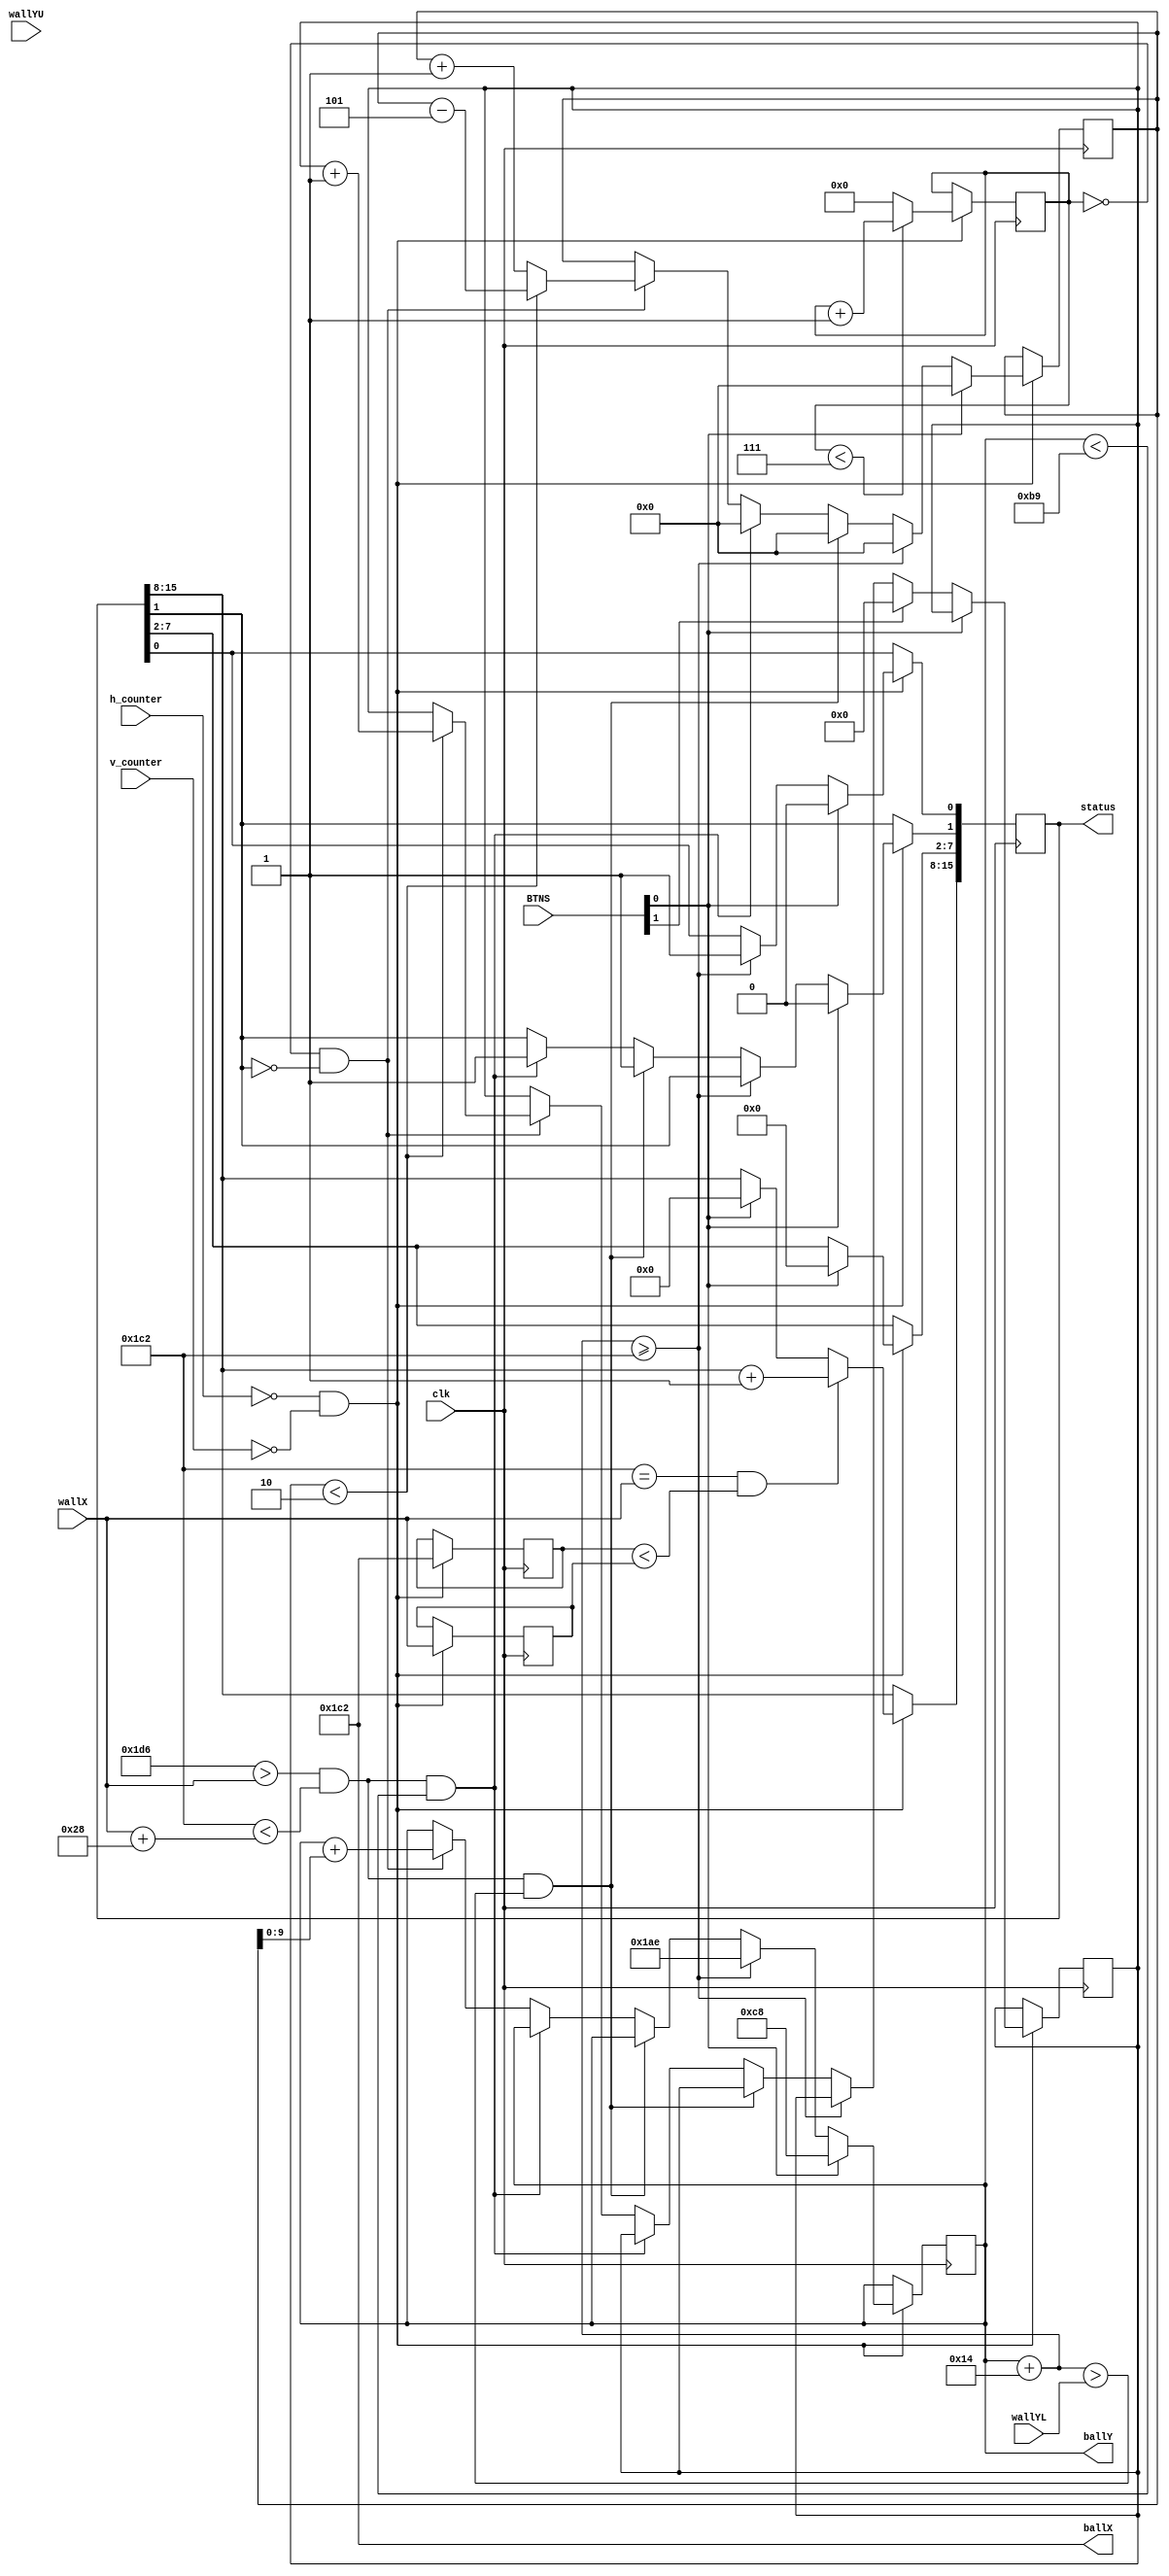
`timescale 1ns / 1ps
//////////////////////////////////////////////////////////////////////////////////
// Company: 
// Engineer: 
// 
// Design Name: 
// Module Name: Ball_bouncer
// Project Name: 
// Target Devices: 
// Tool Versions: 
// Description: 
// 
// Dependencies: 
// 
// Revision:
// Revision 0.01 - File Created
// Additional Comments:
// STATUS: 
//      [0]: ground collision
//      [1]: wall collision
// 
//////////////////////////////////////////////////////////////////////////////////


// Module for controlling the movement of the ball
module Ball_mover(
    input clk,                  // Clock input
    input [4:0] BTNS,           // Button inputs
    input [9:0] h_counter,      // Horizontal counter
    input [9:0] v_counter,      // Vertical counter
    input [9:0] wallX,          // Wall horizontal position
    input [9:0] wallYL,         // Wall lower bound
    input [9:0] wallYU,         // Wall upper bound
    output reg [9:0] ballX = 450,  // Initial X position of the ball
    output reg [9:0] ballY = 400,  // Initial Y position of the ball
    output reg [15:0] status
);
    // Speed at which the player falls
    reg [15:0] verticalSpeed = 0;
    reg [9:0] oldBallX;
    reg [9:0] oldWallX;
    
    // Timer settings
    reg [3:0] timeMult = 7;
    reg [31:0] currentTime = 0;
    
    // Jump settings
    reg [3:0] jumpHeight = 5;
    reg [3:0] gravity = 1;
    
    // How long the player increases height
    reg [3:0] jumpTimer = 0;
    reg [3:0] jumpLength = 2;
    
    reg [9:0] groundHeight = 450;
    
    
    // Logic for moving the ball
    always @(posedge clk) begin
        if (h_counter == 0 && v_counter == 0) begin
            // Ball moving
            if (BTNS[0] == 0) begin
            
                // Ground collision
                if (ballY + 20 >= groundHeight) begin
                    ballY <= groundHeight - 20;
                    verticalSpeed <= 0;
                    status[0] <= 1;
                    
                // Sky collision
//                end else if (ballY < 10) begin
//                    verticalSpeed <= 0;
                    
                // Wall collision
                end else if (
                       ballX + 20 > wallX 
                    && ballX < wallX + 40 
                    && ballY + 20 > wallYL ) begin
                    
                    status[1] <= 1;
                    verticalSpeed <= 0;
                // Top wall collision
                end else if (
                       ballX + 20 > wallX 
                    && ballX < wallX + 40
                    && ballY < 185 ) begin
                    
                    status[1] <= 1;
                    verticalSpeed <= 0;
                    
                // Update position every nth frame
                end else if (currentTime == 0 && status[1] == 0) begin
                    
                    // If jumping
                    if (jumpTimer < jumpLength) begin
                        verticalSpeed <= verticalSpeed - jumpHeight;
                        jumpTimer <= jumpTimer + 1;
                    // Otherwise fall
                    end else verticalSpeed <= verticalSpeed + gravity;
                    
                    // Always update position
                    ballY <= ballY + verticalSpeed;
                end
                
                if (BTNS[1] == 1) begin
                    jumpTimer <= 0;
                end
            // Position reset
            end else begin
                ballY <= 200;
                verticalSpeed <= 0;
                status <= 0;
            end
            
            if (ballX == wallX && oldBallX < oldWallX) begin
                status[15:8] <= status[15:8] + 1;
            end
            
            oldBallX <= ballX;
            oldWallX <= wallX;
            
            // Increment time
            if (currentTime < timeMult) begin
                currentTime <= currentTime + 1;
            end else currentTime <= 0;
        end    
    end
endmodule

module wallMover (
    input [9:0] h_counter,
    input [9:0] v_counter,
    input isUpper,
    input clk,
    input vidon,
    input rst,
    input [15:0] status,
    output reg [9:0] wallX,     // Defines position of wall on screen
    output reg [9:0] wallY,     // Height of wall
    output reg [9:0] wallBaseX, // Adds to wallX
    output reg [9:0] wallBaseY  // Snap pipe to floor/ceiling
    );
    
    reg [7:0] counter;
    reg [15:0] oldStatus;
    
    reg [15:0] currentTime;
    reg [15:0] timeMult = 7;
    reg [3:0] horizontalSpeed = 5;
    
    reg [9:0] wallMinY = 370;
    
    initial begin
        wallBaseX = 40;     // Walls are always 40 px wide
        wallX = 800;        // Begin offscreen
        
        wallBaseY = 550;    // Snap to bottom
        wallY = 370;        // Starting position of bottom wall
        
        if (isUpper != 0) begin
            wallBaseY <= 0;     // Snap to top
            wallY <= 200;       // Lowest point of wall
            wallMinY <= 200;    // Minimum height of wall
        end
    end
    
    always @(posedge clk) begin
        if (rst == 1) begin
            wallBaseX = 40;     // Walls are always 40 px wide
            wallX = 800;        // Begin offscreen
        
            wallBaseY = 550;    // Snap to bottom
            wallY = 370;        // Starting position of bottom wall
        
            horizontalSpeed <= 5;
        end
        
        if (status[1:0] == 0) begin
            // Only update at the beginning of a frame
            if (h_counter == 0 && v_counter == 0) begin
                // Update wall position
                if (currentTime == 0) begin
                    // Always update position
                    wallX <= wallX - horizontalSpeed;
                end
                
                // Reset position and generate new height
                if (wallX < 20) begin 
                    wallX <= 800;
                    wallY <= wallMinY + (counter[1:0] * 15);
                end
                
                // Update speed
                if (currentTime < timeMult) begin
                        currentTime <= currentTime + 1;
                end else currentTime <= 0;
            end
        end
        
        // Speed up depending on score
        if (status[10] == 1 && oldStatus[10] == 0) horizontalSpeed <= horizontalSpeed + 5;        
        oldStatus <= status;
        
        counter <= counter + 1;
        if (counter == 7) counter <= 0;
        
    end
endmodule